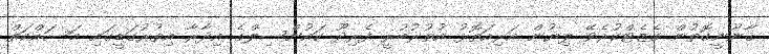
ޤާނޫނީގޮތުން ގެޒެޓްކުރެވޭ ލިޔުން އަރިއަތޮޅު އުތުރުބުރީ ފެރިދޫ ކައުންސިލްގެ އިދާރާ އިތުރުގަޑީގައި މަސައްކަތް